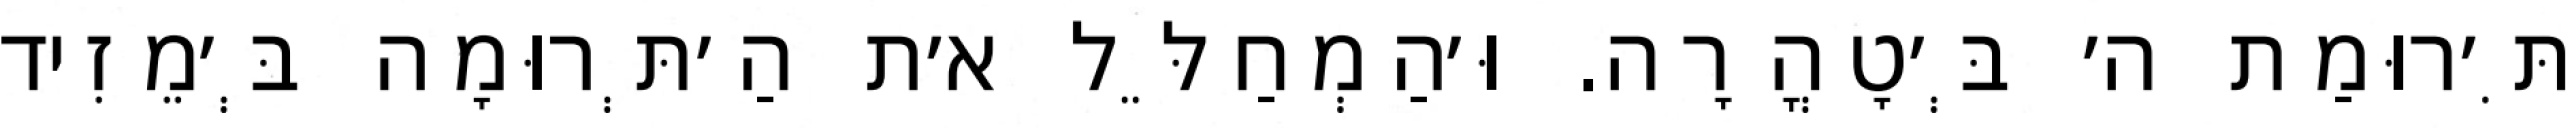
תִּ׳רוּמַת ה׳ בְּ׳טָהֳרָה. וּ׳הַמְחַלֵּל א׳ת הַ׳תְּרוּמָה בְּ׳מֵזִיד